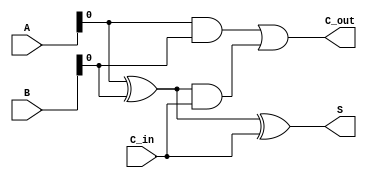
module CLA_4bit (
    input [3:0] A,
    input [3:0] B,
    input C_in,
    output S,
    output C_out
);
    wire G, P, C;

    assign G = A & B; // Generate
    assign P = A ^ B; // Propagate
    assign C = G | (P & C_in); // Carry out

    assign S = P ^ C_in; // Sum

    assign C_out = C;

endmodule